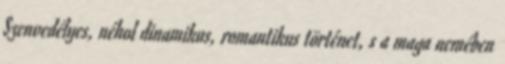
Szenvedélyes, néhol dinamikus, romantikus történet, s a maga nemében